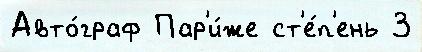
Авто́граф Пар'и́же ст'е́п'ень 3